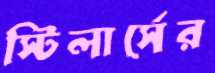
স্টিলার্সের